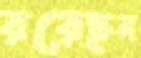
রয়েছন